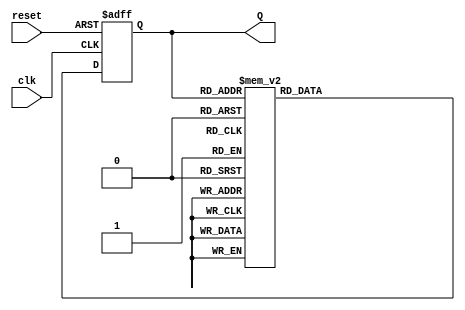
module decade_asynchronous_counter (
    input wire clk,       // Clock input
    input wire reset,     // Asynchronous reset input
    output reg [3:0] Q    // 4-bit output representing the current count state
);

    always @(posedge clk or posedge reset) begin
        if (reset) begin
            Q <= 4'b0000; // Reset to 0000
        end else begin
            // Counting logic
            case (Q)
                4'b0000: Q <= 4'b0001;
                4'b0001: Q <= 4'b0010;
                4'b0010: Q <= 4'b0011;
                4'b0011: Q <= 4'b0100;
                4'b0100: Q <= 4'b0101;
                4'b0101: Q <= 4'b0110;
                4'b0110: Q <= 4'b0111;
                4'b0111: Q <= 4'b1000;
                4'b1000: Q <= 4'b1001;
                4'b1001: Q <= 4'b0000; // Reset to 0000 after 9
                default: Q <= 4'b0000; // In case of undefined state
            endcase
        end
    end

endmodule